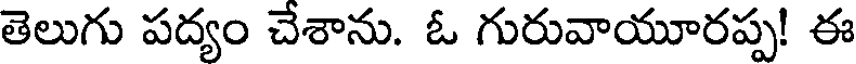
తెలుగు పద్యం చేశాను. ఓ గురువాయూరప్ప! ఈ